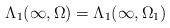
LaTeX: \begin{align*}\Lambda_{1}(\infty,\Omega)=\Lambda_{1}(\infty,\Omega_{1})\end{align*}